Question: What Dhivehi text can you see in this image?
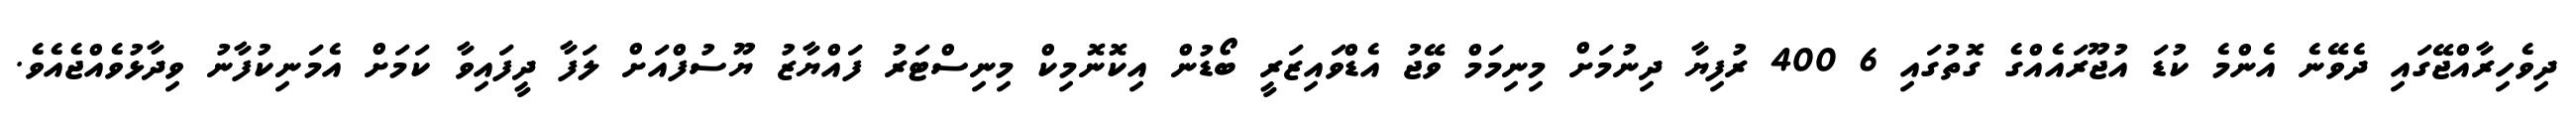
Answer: ދިވެހިރާއްޖޭގައި ދެވޭނެ އެންމެ ކުޑަ އުޖޫރައެއްގެ ގޮތުގައި 6 400 ރުފިޔާ ދިނުމަށް މިނިމަމް ވޭޖު އެޑްވައިޒަރީ ބޯޑުން އިކޮނޮމިކް މިނިސްޓަރު ފައްޔާޒު ޔޫސުފްއަށް ލަފާ ދީފައިވާ ކަމަށް އެމަނިކުފާނު ވިދާޅުވެއްޖެއެވެ.